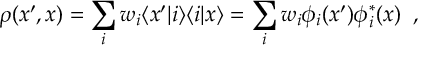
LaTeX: \rho ( x ^ { \prime } , x ) = \sum _ { i } w _ { i } \langle x ^ { \prime } | i \rangle \langle i | x \rangle = \sum _ { i } w _ { i } \phi _ { i } ( x ^ { \prime } ) \phi _ { i } ^ { \ast } ( x ) \; \; ,